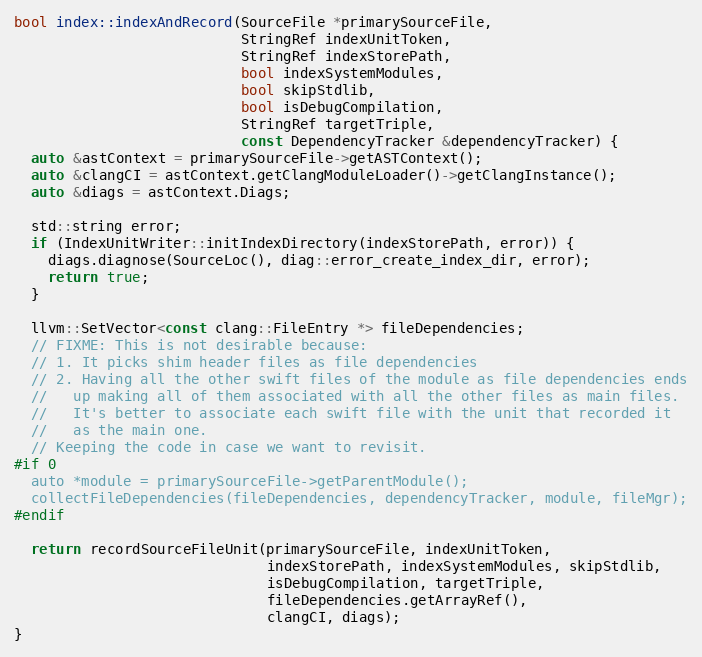
Language: C++
bool index::indexAndRecord(SourceFile *primarySourceFile,
                           StringRef indexUnitToken,
                           StringRef indexStorePath,
                           bool indexSystemModules,
                           bool skipStdlib,
                           bool isDebugCompilation,
                           StringRef targetTriple,
                           const DependencyTracker &dependencyTracker) {
  auto &astContext = primarySourceFile->getASTContext();
  auto &clangCI = astContext.getClangModuleLoader()->getClangInstance();
  auto &diags = astContext.Diags;

  std::string error;
  if (IndexUnitWriter::initIndexDirectory(indexStorePath, error)) {
    diags.diagnose(SourceLoc(), diag::error_create_index_dir, error);
    return true;
  }

  llvm::SetVector<const clang::FileEntry *> fileDependencies;
  // FIXME: This is not desirable because:
  // 1. It picks shim header files as file dependencies
  // 2. Having all the other swift files of the module as file dependencies ends
  //   up making all of them associated with all the other files as main files.
  //   It's better to associate each swift file with the unit that recorded it
  //   as the main one.
  // Keeping the code in case we want to revisit.
#if 0
  auto *module = primarySourceFile->getParentModule();
  collectFileDependencies(fileDependencies, dependencyTracker, module, fileMgr);
#endif

  return recordSourceFileUnit(primarySourceFile, indexUnitToken,
                              indexStorePath, indexSystemModules, skipStdlib,
                              isDebugCompilation, targetTriple,
                              fileDependencies.getArrayRef(),
                              clangCI, diags);
}